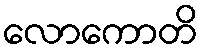
လောကောတိ